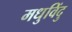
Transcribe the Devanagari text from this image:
मधुविंदु